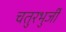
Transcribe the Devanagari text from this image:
चतुरभुर्जी